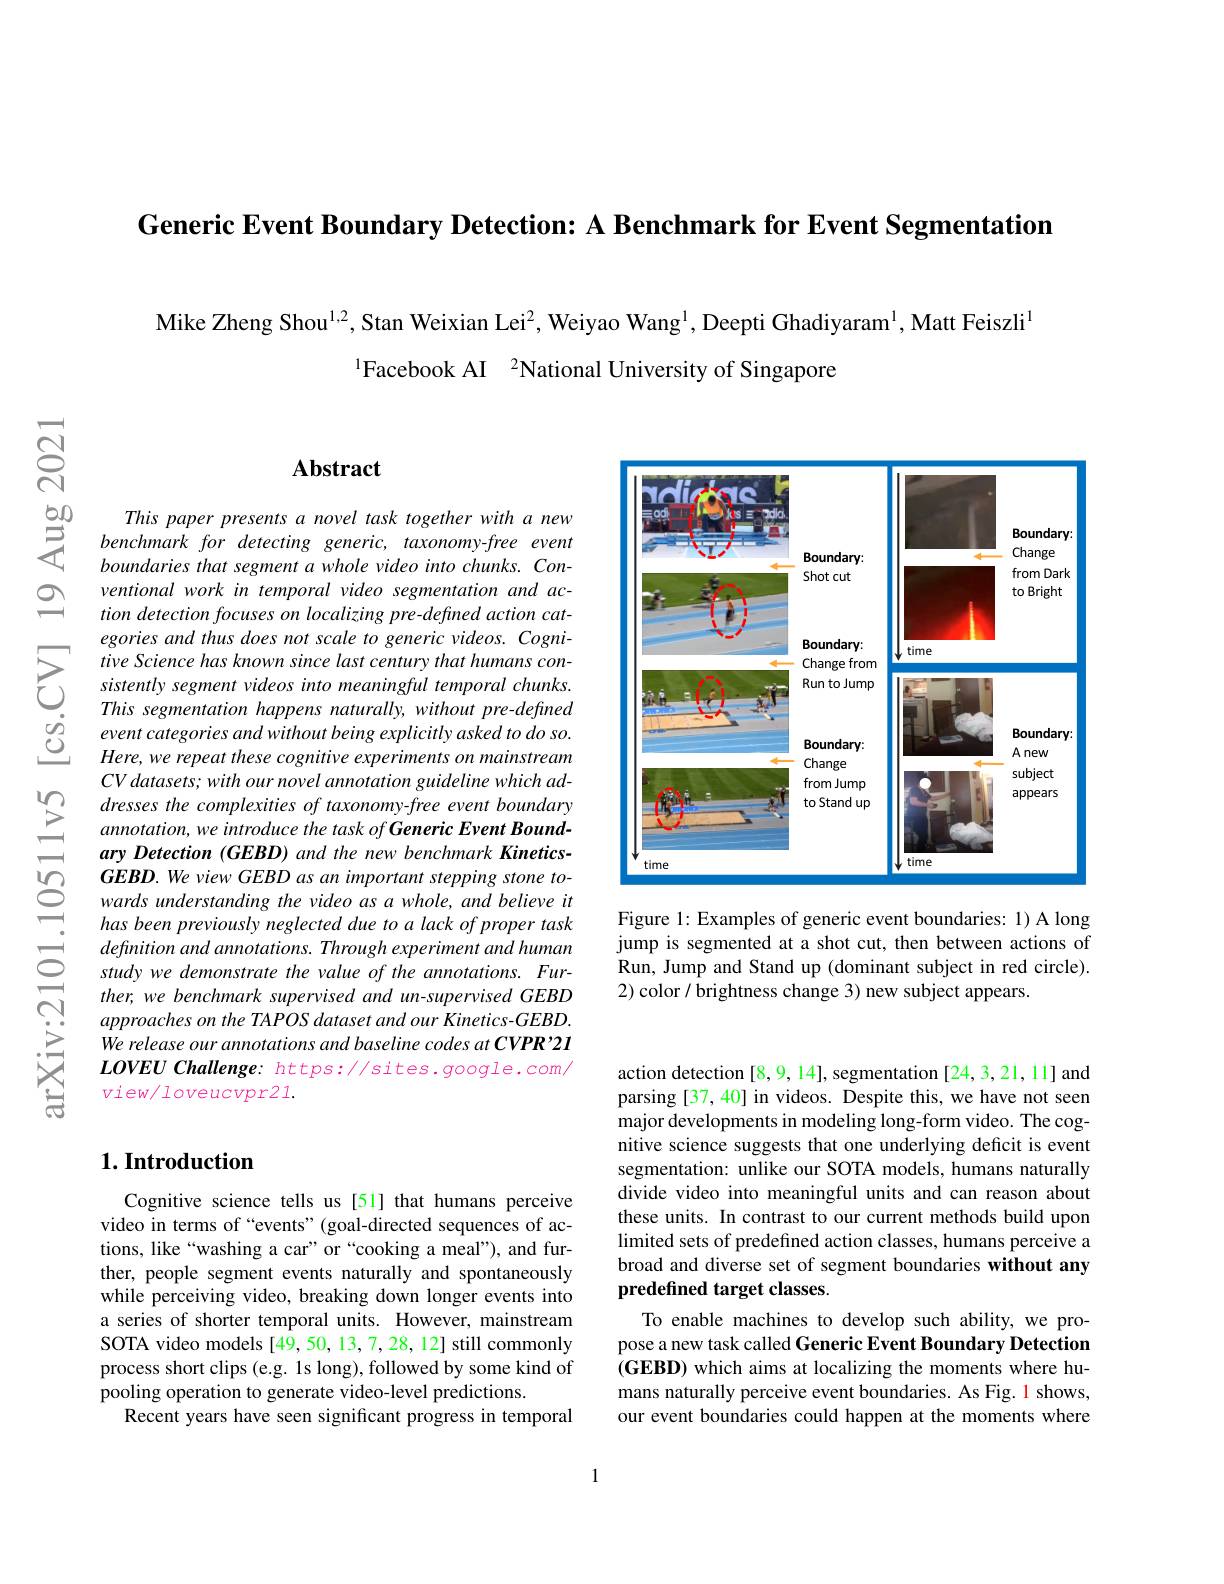
Generic Event Boundary Detection: A Benchmark for Event Segmentation

Mike Zheng Shou$^{1,2}$, Stan Weixian Lei$^{2}$, Weiyao Wang$^{1}$, Deepti Ghadiyaram$^{1}$, Matt Feiszli$^{1}$
$^{1}$Facebook AI $^{2}$National University of Singapore

$নু$

## Abstract

$\begin{array}{ccc}{50}&{This~paper~presents~a~novel~task~together~with~a~new}\\{5}&{benchmark~for~detecting~generic,~taxonomy-free~event}\\{6undarias~that~samant~a~whala~inda~into~chunle~Con}\end{array}$
boundaries that segment a whole video into chunks. Conventional work in temporal video segmentation and action detection focuses on localizing pre- defined action categories and thus does not scale to generic videos. Cognitive Science has known since last century that humans consistently segment videos into meaningful temporal chunks. This segmentation happens naturally, without pre-defined event categories and without being explicitly asked to do so. Here, we repeat these cognitive experiments on mainstream $CVdatasets;withournovelannotationguidelinewhichad-$ dresses the complexities of taxonomy-free event boundary annotation, we introduce the task of Generic Event Boundary Detection (GEBD) and the new benchmark KineticsGEBD. We view GEBD as an important stepping stone towards understanding the video as a whole, and believe it has been previously neglected due to a lack of proper task definition and annotations. Through experiment and human study we demonstrate the value of the annotations. Further, we benchmark supervised and un-supervised GEBD approaches on the TAPOS dataset and our Kinetics-GEBD. We release our annotations and baseline codes at CVPR'2I $LOVEU$ Challenge: https://sites.google.com/ view/loveucvpr21.

<FigureHere>

Figure 1: Examples of generic event boundaries: 1) A long jump is segmented at a shot cut, then between actions of Run, Jump and Stand up (dominant subject in red circle). 2) color $\hat{\text{brightness change 3}}$) new subject appears.

## $1. \textbf{Introduction}$

Cognitive science tells us[51] that humans perceive video in terms of “events”(goal-directed sequences of actions, like“washing a car”or“cooking a meal"), and further, people segment events naturally and spontaneously while perceiving video, breaking down longer events into a series of shorter temporal units. However, mainstream SOTA video models [49,50,13,7,28,12] still commonly process short clips (e.g. 1s long), followed by some kind of pooling operation to generate video-level predictions.
Recent years have seen significant progress in temporal

action detection [8,9,14], segmentation [24,3,21,11] and parsing [37, 40] in videos. Despite this, we have not seen major developments in modeling long-form video. The cognitive science suggests that one underlying deficit is event segmentation: unlike our SOTA models, humans naturally divide video into meaningful units and can reason about these units. In contrast to our current methods build upon limited sets of predefined action classes, humans perceive a broad and diverse set of segment boundaries without any predefined target classes.
To enable machines to develop such ability, we propose a new task called Generic Event Boundary Detection (GEBD) which aims at localizing the moments where humans naturally perceive event boundaries. As Fig. 1 shows, our event boundaries could happen at the moments where

1